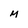
Character: M